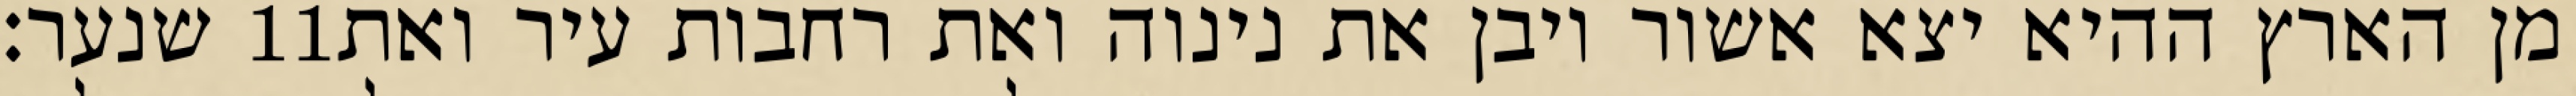
שנער׃ ‎11‏ מן הארץ ההיא יצא אשור ויבן את נינוה ואת רחבות עיר ואת